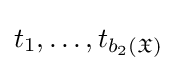
t_{1},\dots ,t_{b_{2}({\mathfrak {X}})}